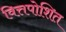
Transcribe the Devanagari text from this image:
वित्तपोशित